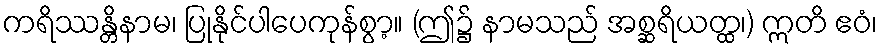
ကရိဿန္တိနာမ၊ ပြုနိုင်ပါပေကုန်စွာ့။ (ဤ၌ နာမသည် အစ္ဆရိယတ္ထ၊) ဣတိ ဧဝံ၊